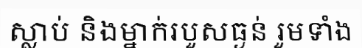
ស្លាប់ និងម្នាក់របួសធ្ងន់ រួមទាំង